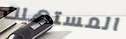
المستهلك